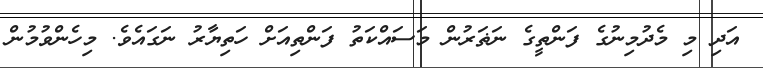
އަދި މި މެދުމިނުގެ ފަންތީގެ ނަޡަރުން މަސައްކަތު ފަންތިއަށް ހަތިޔާރު ނަގައެވެ. މިހެންވުމުން